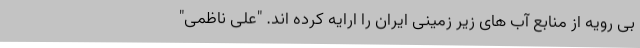
بی رویه از منابع آب های زیر زمینی ایران را ارایه کرده اند. "علی ناظمی"